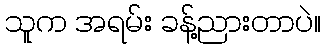
သူက အရမ်း ခန့်ညားတာပဲ။